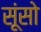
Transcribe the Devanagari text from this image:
सूंसो